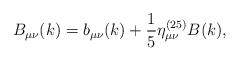
LaTeX: \begin{align*}B_{\mu\nu}(k)=b_{\mu\nu}(k)+\frac{1}{5}\eta^{(25)}_{\mu\nu}B(k), \end{align*}